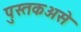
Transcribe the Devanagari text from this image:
पुस्तकअसे